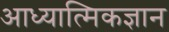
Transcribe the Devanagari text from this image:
आध्यात्मिकज्ञान